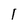
Character: I